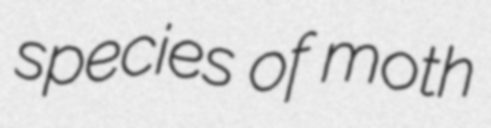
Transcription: species of moth